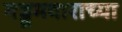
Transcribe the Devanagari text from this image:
गड्डमवाराच्या